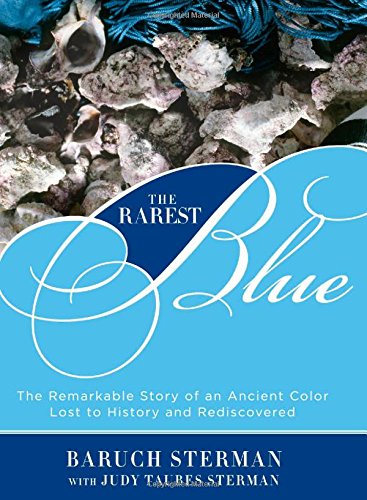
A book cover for Rarest Blue: The Remarkable Story Of An Ancient Color Lost To History And Rediscovered; Baruch Sterman; Science & Math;